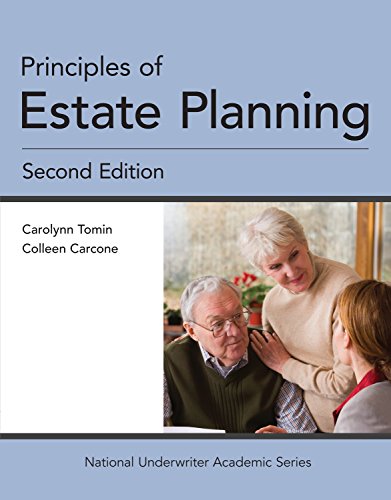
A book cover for Principles of Estate Planning, 2nd Edition; Carolynn Tomin; Law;